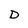
Character: D